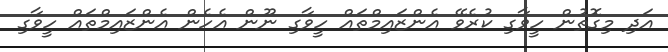
އަދި މިގޮތުން ހީވާގި ކުރެވޭ އެންޒައިމްތައް ހީވާގި ނޫން އެހެން އެންޒައިމްތައް ހީވާގި